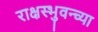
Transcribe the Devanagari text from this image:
राक्षस्भुवन्च्या